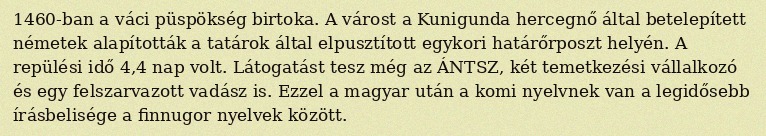
1460-ban a váci püspökség birtoka. A várost a Kunigunda hercegnő által betelepített németek alapították a tatárok által elpusztított egykori határőrposzt helyén. A repülési idő 4,4 nap volt. Látogatást tesz még az ÁNTSZ, két temetkezési vállalkozó és egy felszarvazott vadász is. Ezzel a magyar után a komi nyelvnek van a legidősebb írásbelisége a finnugor nyelvek között.